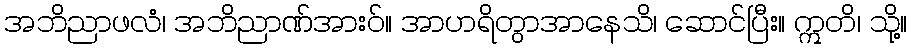
အဘိညာဖလံ၊ အဘိညာဏ်အားဝ်။ အာဟရိတွာအာနေသိ၊ ဆောင်ပြီး။ ဣတိ၊ သို့။